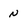
Character: n